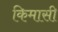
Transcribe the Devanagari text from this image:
किमासी